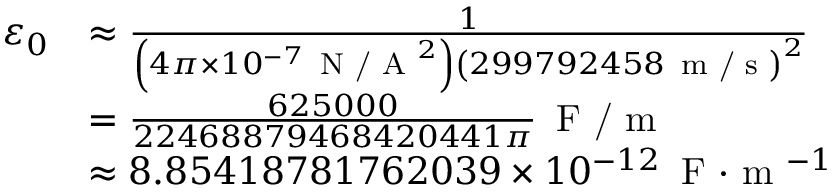
{ \begin{array} { r l } { \varepsilon _ { 0 } } & { \approx { \frac { 1 } { \left( 4 \pi \times 1 0 ^ { - 7 } \, { \textrm { N / A } } ^ { 2 } \right) \left( 2 9 9 7 9 2 4 5 8 \, { \textrm { m / s } } \right) ^ { 2 } } } } \\ & { = { \frac { 6 2 5 0 0 0 } { 2 2 4 6 8 8 7 9 4 6 8 4 2 0 4 4 1 \pi } } \, { \textrm { F / m } } } \\ & { \approx 8 . 8 5 4 1 8 7 8 1 7 6 2 0 3 9 \times 1 0 ^ { - 1 2 } \, { \textrm { F } } { \cdot } { \textrm { m } } ^ { - 1 } } \end{array} }